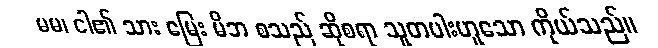
မမ၊ ငါ၏ သား မြေး မိဘ စသည် ဆိုစရာ သူတပါးဟူသော ကိုယ်သည်။